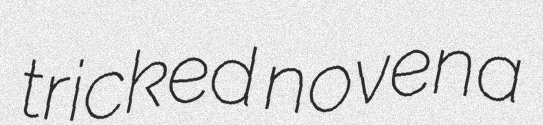
tricked novena